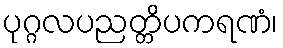
ပုဂ္ဂလပညတ္တိပကရဏံ၊